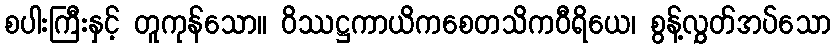
စပါးကြီးနှင့် တူကုန်သော။ ဝိဿဋ္ဌကာယိကစေတသိကဝီရိယေ၊ စွန့်လွှတ်အပ်သော